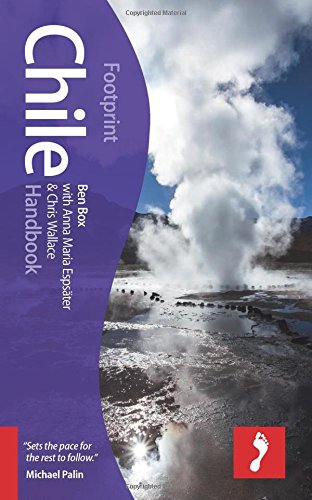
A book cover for Chile Handbook (Footprint - Handbooks); Ben Box; Travel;